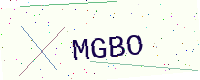
Text: MGBO